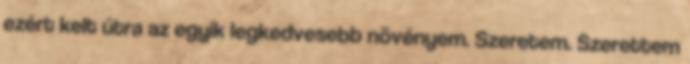
ezért kelt útra az egyik legkedvesebb növényem. Szeretem. Szerettem